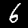
Label: 6